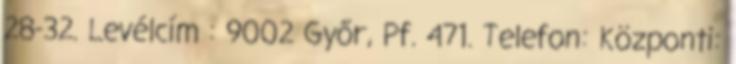
28-32. Levélcím : 9002 Győr, Pf. 471. Telefon: Központi: